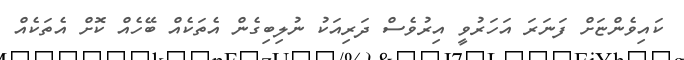
ކައިވެންޏަށް ފަނަރަ އަހަރުވީ އިރުވެސް ދަރިއަކު ނުލިބިގެން އެތަކެއް ބޭހެއް ކޮށް އެތަކެއް